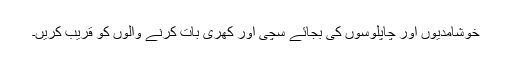
خوشامدیوں اور چاپلوسوں کی بجائے سچی اور کھری بات کرنے والوں کو قریب کریں۔